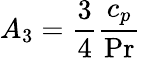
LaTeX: A_{3}=\frac{3}{4}\frac{c_{p}}{\operatorname*{Pr}}